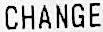
CHANGE